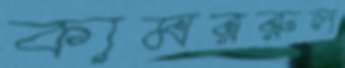
কামররুল